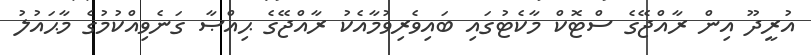
އުރީދޫ އިން ރާއްޖޭގެ ސްޓޮކް މާކެޓުގައި ބައިވެރިވުމާއެކު ރާއްޖޭގެ ޙިއްޞާ ގަނެވިއްކުމުގެ މާޙައުލު